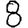
Digit: 8